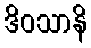
ဒိဝသာနိ